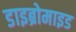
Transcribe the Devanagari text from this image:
डाइब्रोमाइड